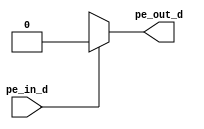
module Pri_Encoer(
input pe_in_d,
output pe_out_d
    );
    
    always@(*)
        case(pe_in_d)
            4'b0001:pe_out_d<=2'h0;
            4'b0010:pe_out_d<=2'h1;
            4'b0100:pe_out_d<=2'h2;
            4'b1000:pe_out_d<=2'h3;
            default pe_out_d=2'hx;
        endcase
endmodule